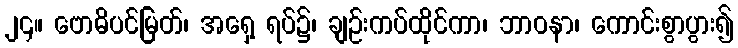
၂၄။ ဗောဓိပင်မြတ်၊ အရှေ့ ရပ်၌၊ ချဉ်းကပ်ထိုင်ကာ၊ ဘာဝနာ၊ ကောင်းစွာပွား၍